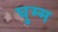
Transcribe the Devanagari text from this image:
घुम्म